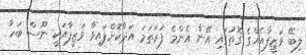
ލިބޭ ވަޒީފާއެއްގެ ގޮތުގައި އޭނާ އެންމެ ފުރަތަމަ އަދާކޮށްފައިވާ ވަޒީފާއަކީ ނޫސް ބަހާ